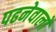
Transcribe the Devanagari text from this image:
पढनेवालो